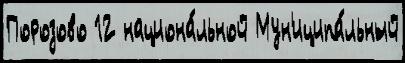
Порозово 12 национа́льной Мун'иципа́льный